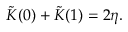
\tilde { K } ( 0 ) + \tilde { K } ( 1 ) = 2 \eta .